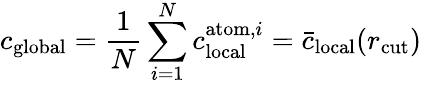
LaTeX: c_{\mathrm{global}}=\frac{1}{N}\sum_{i=1}^{N}c_{\mathrm{local}}^{\mathrm{atom},i}=\bar{c}_{\mathrm{local}}(r_{\mathrm{cut}})